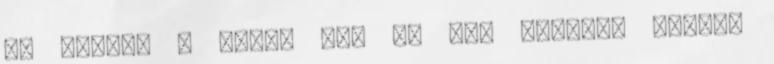
7J széles a többi meg 6J Tud esetleg valaki